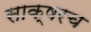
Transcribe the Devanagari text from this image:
साक्षरच